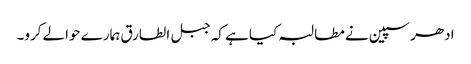
ادھر سپین نے مطالبہ کیا ہے کہ جبل الطارق ہمارے حوالے کرو۔